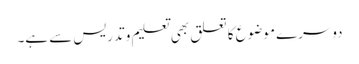
دوسرے موضوع کا تعلق بھی تعلیم و تدریس سے ہے۔